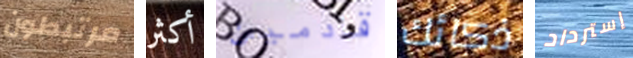
مرتبطون أكثر قادمين ذكائك إسترداد